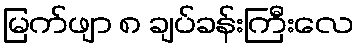
မြက်ဖျာ ၈ ချပ်ခန်းကြီးလေ